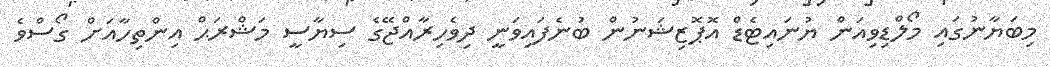
މިބަޔާނުގައި މޯލްޑިވިއަން ޔުނައިޓެޑް އޮޕޮޒިޝަނުން ބުނެފައިވަނީ ދިވެހިރާއްޖޭގެ ސިޔާސީ މަޝްރަޙް އިންތިހާއަށް ގޯސްވެ